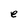
Character: e